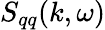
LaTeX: S_{qq}(k,\omega)